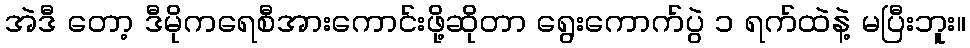
အဲဒီ တော့ ဒီမိုကရေစီအားကောင်းဖို့ဆိုတာ ရွေးကောက်ပွဲ ၁ ရက်ထဲနဲ့ မပြီးဘူး။